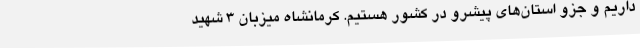
داریم و جزو استان‌های پیشرو در کشور هستیم. کرمانشاه میزبان 3 شهید